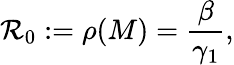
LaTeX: \mathcal{R}_{0}:=\rho(M)=\frac{\beta}{\gamma_{1}},